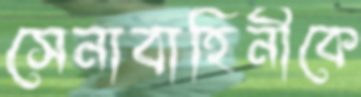
সেনাবাহিনীকে